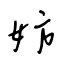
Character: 妨